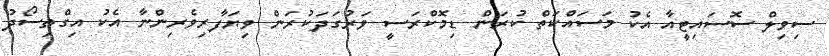
ސިވިލް ސޮސައިޓީއާ އެކު މަސައްކަތް ކުރަން ޑިމޮކްރަސީ ވަރުގަދަކުރަން ވިޔަފާރިވެރިންނާ އެކު އިގްތިސޯދު